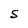
Character: S